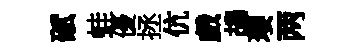
碔蛙優拯伉戲鴣瓔两